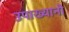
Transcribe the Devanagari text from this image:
उपाख्यानो